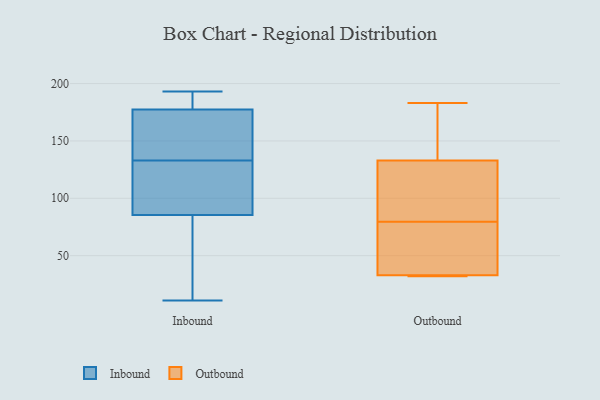
{"axis": {"x": "Waste Production (Tons)", "y": "Value"}, "legend": ["Inbound", "Outbound"], "data": [{"x": "", "y": 43, "type": "Inbound"}, {"x": "", "y": 130, "type": "Inbound"}, {"x": "", "y": 140, "type": "Inbound"}, {"x": "", "y": 133, "type": "Inbound"}, {"x": "", "y": 161, "type": "Inbound"}, {"x": "", "y": 192, "type": "Inbound"}, {"x": "", "y": 93, "type": "Inbound"}, {"x": "", "y": 11, "type": "Inbound"}, {"x": "", "y": 193, "type": "Inbound"}, {"x": "", "y": 83, "type": "Inbound"}, {"x": "", "y": 183, "type": "Inbound"}, {"x": "", "y": 33, "type": "Outbound"}, {"x": "", "y": 38, "type": "Outbound"}, {"x": "", "y": 82, "type": "Outbound"}, {"x": "", "y": 33, "type": "Outbound"}, {"x": "", "y": 32, "type": "Outbound"}, {"x": "", "y": 77, "type": "Outbound"}, {"x": "", "y": 183, "type": "Outbound"}, {"x": "", "y": 92, "type": "Outbound"}, {"x": "", "y": 133, "type": "Outbound"}, {"x": "", "y": 155, "type": "Outbound"}]}